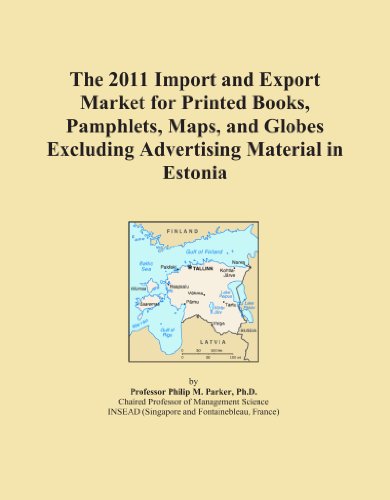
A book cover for The 2011 Import and Export Market for Printed Books, Pamphlets, Maps, and Globes Excluding Advertising Material in Estonia; Icon Group International; Travel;